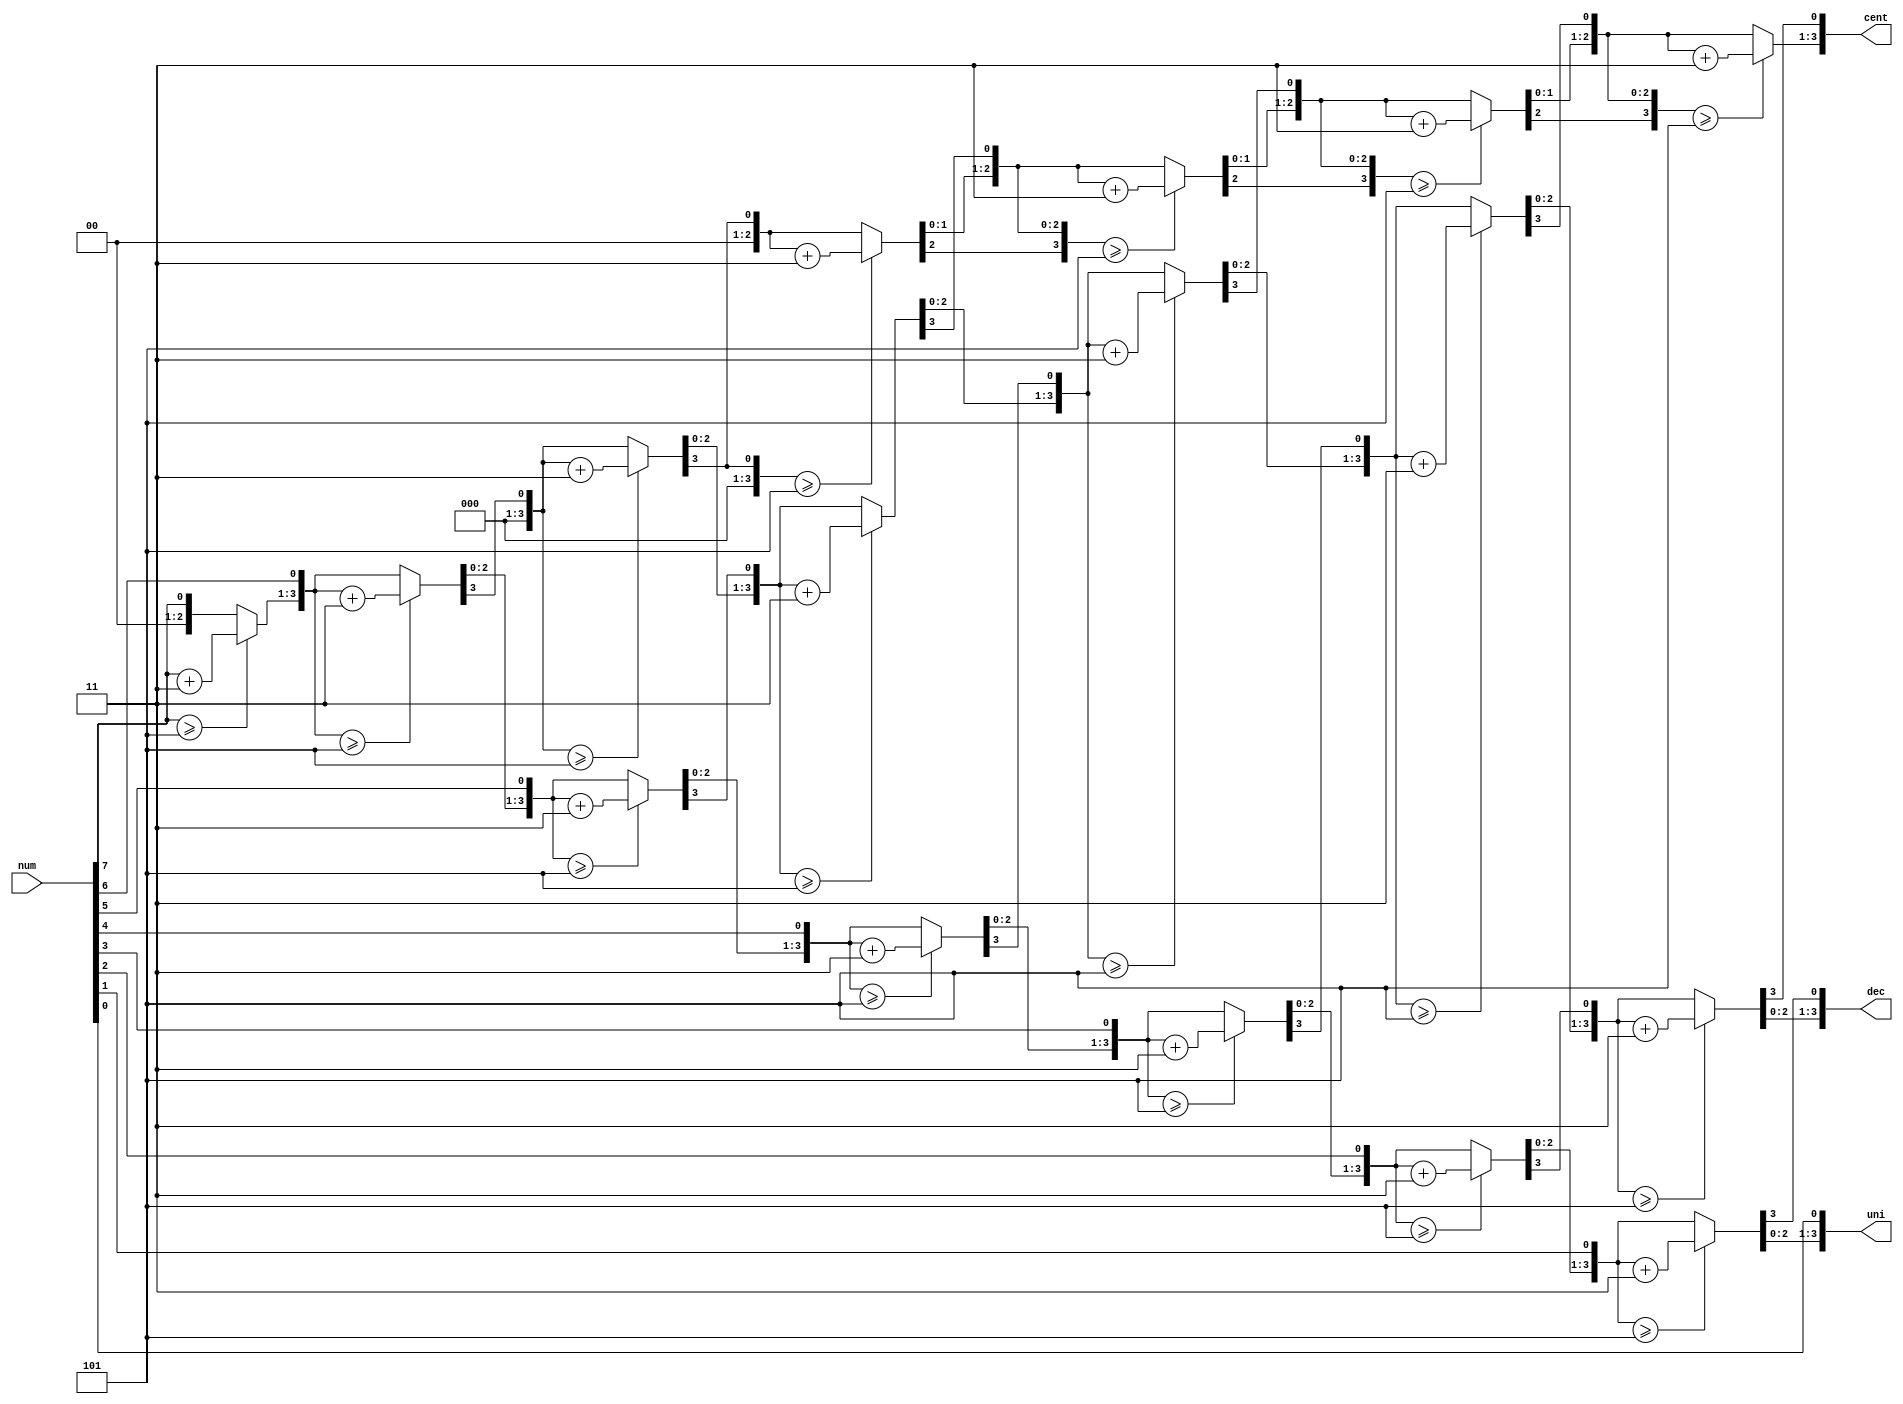
`timescale 1ns / 1ps
//////////////////////////////////////////////////////////////////////////////////
// Company: 
// Engineer: 
// 
// Create Date:    
// Design Name: 
// Module Name:    bcd 
// Project Name: 
// Target Devices: 
// Tool versions: 
// Description: 
//
// Dependencies: 
//
// Revision: 
// Revision 0.01 - File Created
// Additional Comments: 
//
//////////////////////////////////////////////////////////////////////////////////
module BCD(
    // I/O Signal Definitions
   input wire [7:0] num,
   output reg [3:0] cent,
   output reg [3:0] dec,
   output reg [3:0] uni
   );
   // Internal variable for storing bits
   reg [19:0] shift;
   integer i;
   
   always @(num)
   begin
      // Clear previous number and store new number in shift register
      shift[19:8] = 0;
      shift[7:0] = num;
      
      // Loop eight times
      for (i=0; i<8; i=i+1) begin
         if (shift[11:8] >= 5)
            shift[11:8] = shift[11:8] + 2'd3;
            
         if (shift[15:12] >= 5)
            shift[15:12] = shift[15:12] + 2'd3;
            
         if (shift[19:16] >= 5)
            shift[19:16] = shift[19:16] + 2'd3;
         
         // Shift entire register left once
         shift = shift << 1;
      end
      
      // Push decimal numbers to output
      cent = shift[19:16];
      dec     = shift[15:12];
      uni     = shift[11:8];
   end
 
endmodule